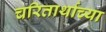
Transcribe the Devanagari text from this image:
चरितार्थाच्या